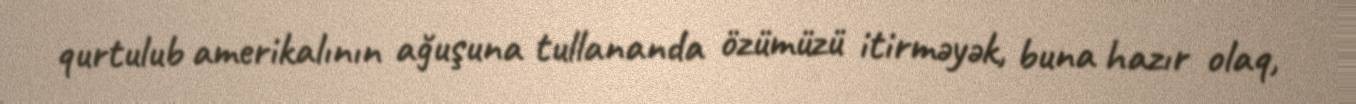
qurtulub amerikalının ağuşuna tullananda özümüzü itirməyək, buna hazır olaq,